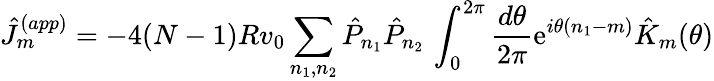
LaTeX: \hat{J}_{m}^{(app)}=-4(N-1)Rv_{0}\sum_{n_{1},n_{2}}\hat{P}_{n_{1}}\hat{P}_{n_{2}}\, \int_{0}^{2\pi}{\frac{d\theta}{2\pi}}\mathrm{e}^{i\theta(n_{1}-m)}\hat{K}_{m}(\theta)